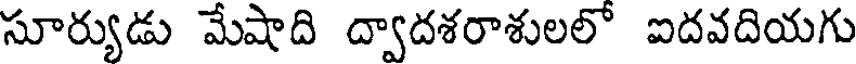
సూర్యుడు మేషాది ద్వాదశరాశులలో ఐదవదియగు